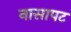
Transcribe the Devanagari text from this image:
नासापट